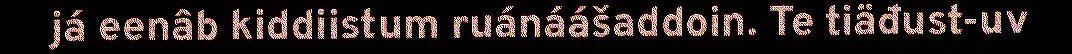
já eenâb kiddiistum ruánáášaddoin. Te tiäđust-uv